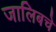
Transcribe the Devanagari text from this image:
जालिबचे